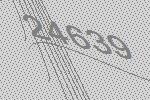
24639